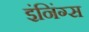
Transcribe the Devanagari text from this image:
इंनिंग्स